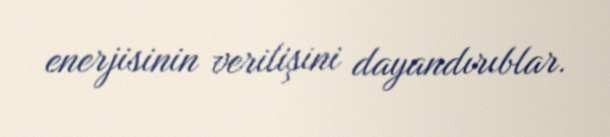
enerjisinin verilişini dayandırıblar.